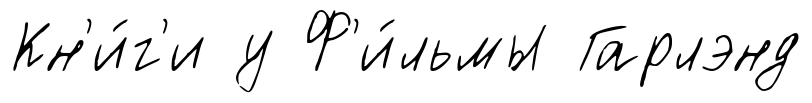
Кн'и́г'и у Ф'и́льмы Гарлэнд